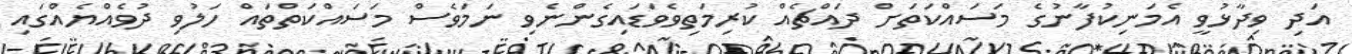
އަދި ވިދާޅުވީ އެމަނިކުފާނުގެ މަސައްކަތަށް ދައްޗެއް ކުރިމަތިވެވަޑައިގެންނެވި ނަމަވެސް މަސައްކަތްތައް ހަލުވި ދުވެއްޔެއްގައި